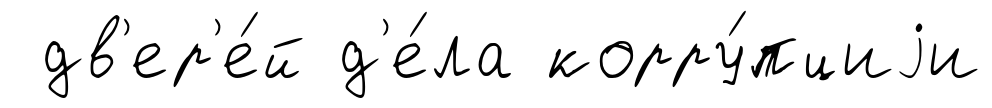
дв'ер'е́й д'е́ла корру́пциjи